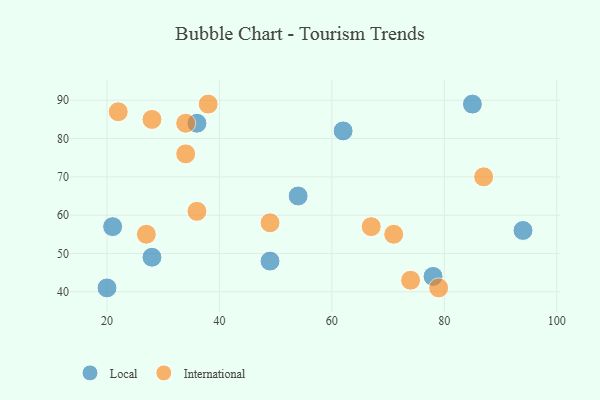
{"axis": {"x": "GDP", "y": "Life Expectancy"}, "legend": ["International", "Local"], "data": [{"x": "78", "y": 44, "type": "Local"}, {"x": "85", "y": 89, "type": "Local"}, {"x": "28", "y": 49, "type": "Local"}, {"x": "20", "y": 41, "type": "Local"}, {"x": "62", "y": 82, "type": "Local"}, {"x": "54", "y": 65, "type": "Local"}, {"x": "21", "y": 57, "type": "Local"}, {"x": "36", "y": 84, "type": "Local"}, {"x": "94", "y": 56, "type": "Local"}, {"x": "49", "y": 48, "type": "Local"}, {"x": "34", "y": 76, "type": "International"}, {"x": "22", "y": 87, "type": "International"}, {"x": "34", "y": 84, "type": "International"}, {"x": "79", "y": 41, "type": "International"}, {"x": "38", "y": 89, "type": "International"}, {"x": "87", "y": 70, "type": "International"}, {"x": "71", "y": 55, "type": "International"}, {"x": "28", "y": 85, "type": "International"}, {"x": "67", "y": 57, "type": "International"}, {"x": "74", "y": 43, "type": "International"}, {"x": "49", "y": 58, "type": "International"}, {"x": "27", "y": 55, "type": "International"}, {"x": "36", "y": 61, "type": "International"}]}